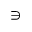
\ni